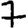
Digit: 7